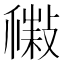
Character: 𢿹